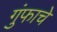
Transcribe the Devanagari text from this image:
गुंफाचे